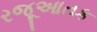
રજૂઆતક